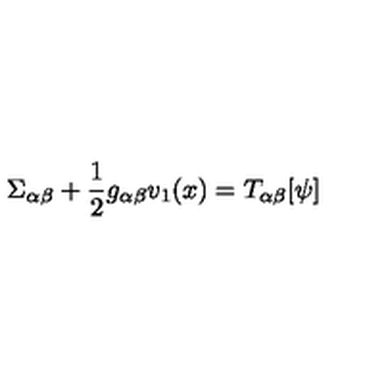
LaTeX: \Sigma _ { \alpha \beta } + \frac { 1 } { 2 } g _ { \alpha \beta } v _ { 1 } ( x ) = T _ { \alpha \beta } [ \psi ]